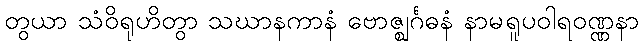
တွယာ သံဝိရုဟိတွာ သဃာနကာနံ ဗောဇ္ဈင်္ဂဓနံ နာမရူပဝါရဝဏ္ဏနာ